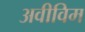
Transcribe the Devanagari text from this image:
अवीविम